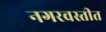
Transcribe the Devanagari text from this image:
नगरवस्तीत